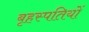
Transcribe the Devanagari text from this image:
बृहस्पतियों